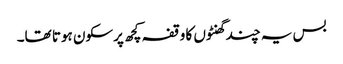
بس یہ چند گھنٹوں کا وقفہ کچھ پرسکون ہوتا تھا۔